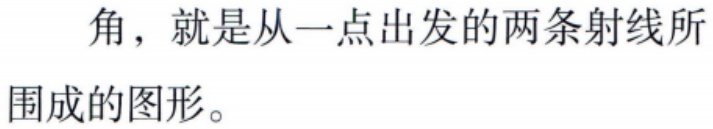
角，就是从一点出发的两条射线所围成的图形。